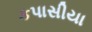
કપાસીયા